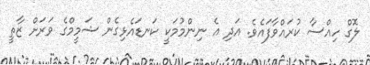
ލޮގް ހިއްސާ ކުރައްވާފައެވެ. އަދި އެ ނިންމުމަކީ ކަނޑައެޅިގެން ޝަމީމްގެ ވަރަށް ޒާތީ